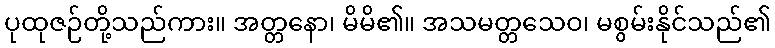
ပုထုဇဉ်တို့သည်ကား။ အတ္တနော၊ မိမိ၏။ အသမတ္တသေဝ၊ မစွမ်းနိုင်သည်၏